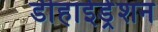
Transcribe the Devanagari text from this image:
डीहाईड्रेशन